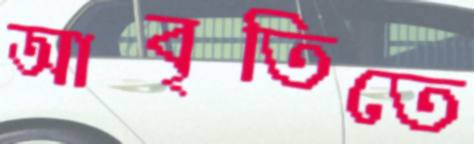
আবৃতিতে